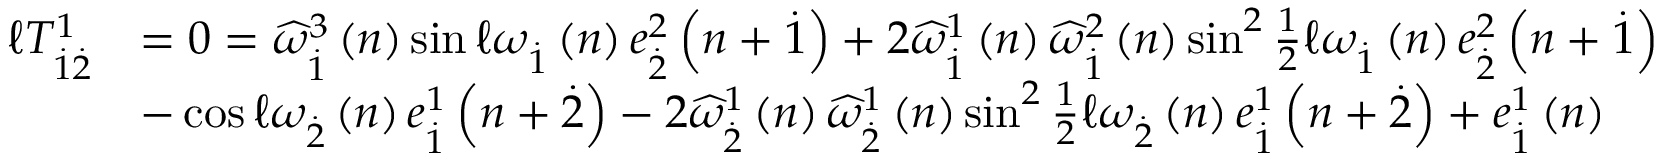
\begin{array} { r l } { \mathcal { \ell } T _ { \overset { . } { 1 } \overset { . } { 2 } } ^ { 1 } } & { = 0 = \widehat { \omega } _ { \overset { . } { 1 } } ^ { 3 } \left( n \right) \sin \mathcal { \ell } \omega _ { \overset { . } { 1 } } \left( n \right) e _ { \overset { . } { 2 } } ^ { 2 } \left( n + \overset { . } { 1 } \right) + 2 \widehat { \omega } _ { \overset { . } { 1 } } ^ { 1 } \left( n \right) \widehat { \omega } _ { \overset { . } { 1 } } ^ { 2 } \left( n \right) \sin ^ { 2 } \frac { 1 } { 2 } \mathcal { \ell } \omega _ { \overset { . } { 1 } } \left( n \right) e _ { \overset { . } { 2 } } ^ { 2 } \left( n + \overset { . } { 1 } \right) } \\ & { - \cos \mathcal { \ell } \omega _ { \overset { . } { 2 } } \left( n \right) e _ { \overset { . } { 1 } } ^ { 1 } \left( n + \overset { . } { 2 } \right) - 2 \widehat { \omega } _ { \overset { . } { 2 } } ^ { 1 } \left( n \right) \widehat { \omega } _ { \overset { . } { 2 } } ^ { 1 } \left( n \right) \sin ^ { 2 } \frac { 1 } { 2 } \mathcal { \ell } \omega _ { \overset { . } { 2 } } \left( n \right) e _ { \overset { . } { 1 } } ^ { 1 } \left( n + \overset { . } { 2 } \right) + e _ { \overset { . } { 1 } } ^ { 1 } \left( n \right) } \end{array}